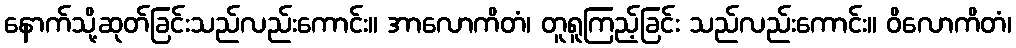
နောက်သို့ဆုတ်ခြင်းသည်လည်းကောင်း။ အာလောကိတံ၊ တူရူကြည့်ခြင်း သည်လည်းကောင်း။ ဝိလောကိတံ၊